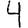
Digit: 4